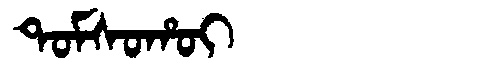
Manchu: ᡨᠣᠮᠰᠣᡥᠣᡳ
Romanization: TOMSOHOI